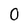
Character: 0